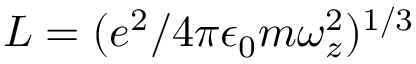
L = ( e ^ { 2 } / 4 \pi \epsilon _ { 0 } m \omega _ { z } ^ { 2 } ) ^ { 1 / 3 }